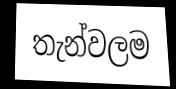
තැන්වලම